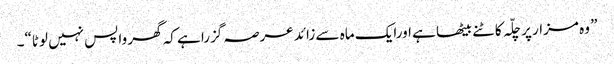
” وہ مزار پر چلّہ کاٹنے بیٹھا ہے اورایک ماہ سے زائد عرصہ گزرا ہے کہ گھر واپس نہیں لوٹا“۔